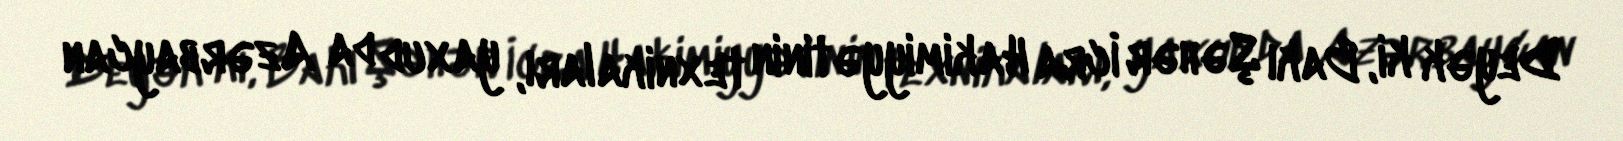
Deyək ki, Bakı Şəhər İcra Hakimiyyətinin texnikaları, yaxud da Azərbaycan